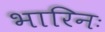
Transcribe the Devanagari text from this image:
भारिनः